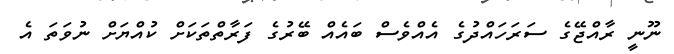
ނޫނީ ރާއްޖޭގެ ސަރަހައްދުގެ އެއްވެސް ބައެއް ބޭރުގެ ފަރާތްތަކަށް ކުއްޔަށް ނުވަތަ އެ